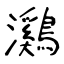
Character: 鸂